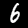
Label: 6